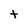
Character: t